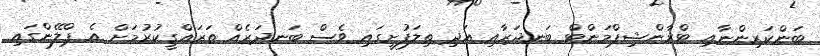
ބަންކަރިންނާއި ޓްރާންޝިޕްމަންޓް ބަނދަރާއި އަދި ތިލަފުށީގައި ވެސް ބަނދަރެއް ތަރައްގީކުރުމަށް އެ ޕްލޭންގައި